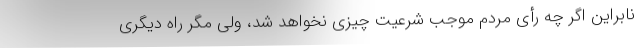
نابراین اگر چه رأی مردم موجب شرعیت چیزی نخواهد شد، ولی مگر راه دیگری